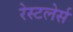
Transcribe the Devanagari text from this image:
रेस्टलेर्स